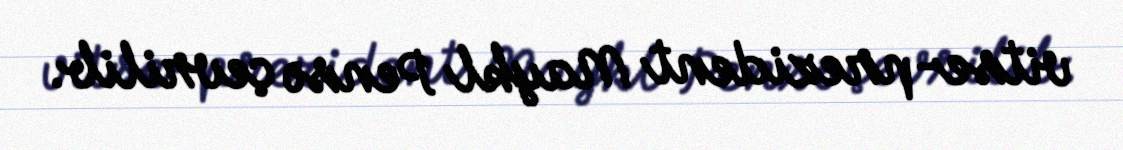
vitse-prezident Maykl Pensə çevrilib.